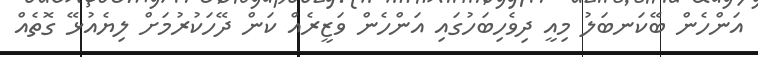
އަންހެން ބޭކަނބަލު މިއީ ދިވެހިބަހުގައި އަންހެން ވަޒީރެއް ކަން ދޭހަކުރުމަށް ލިޔެއުޅޭ ގޮތެއް